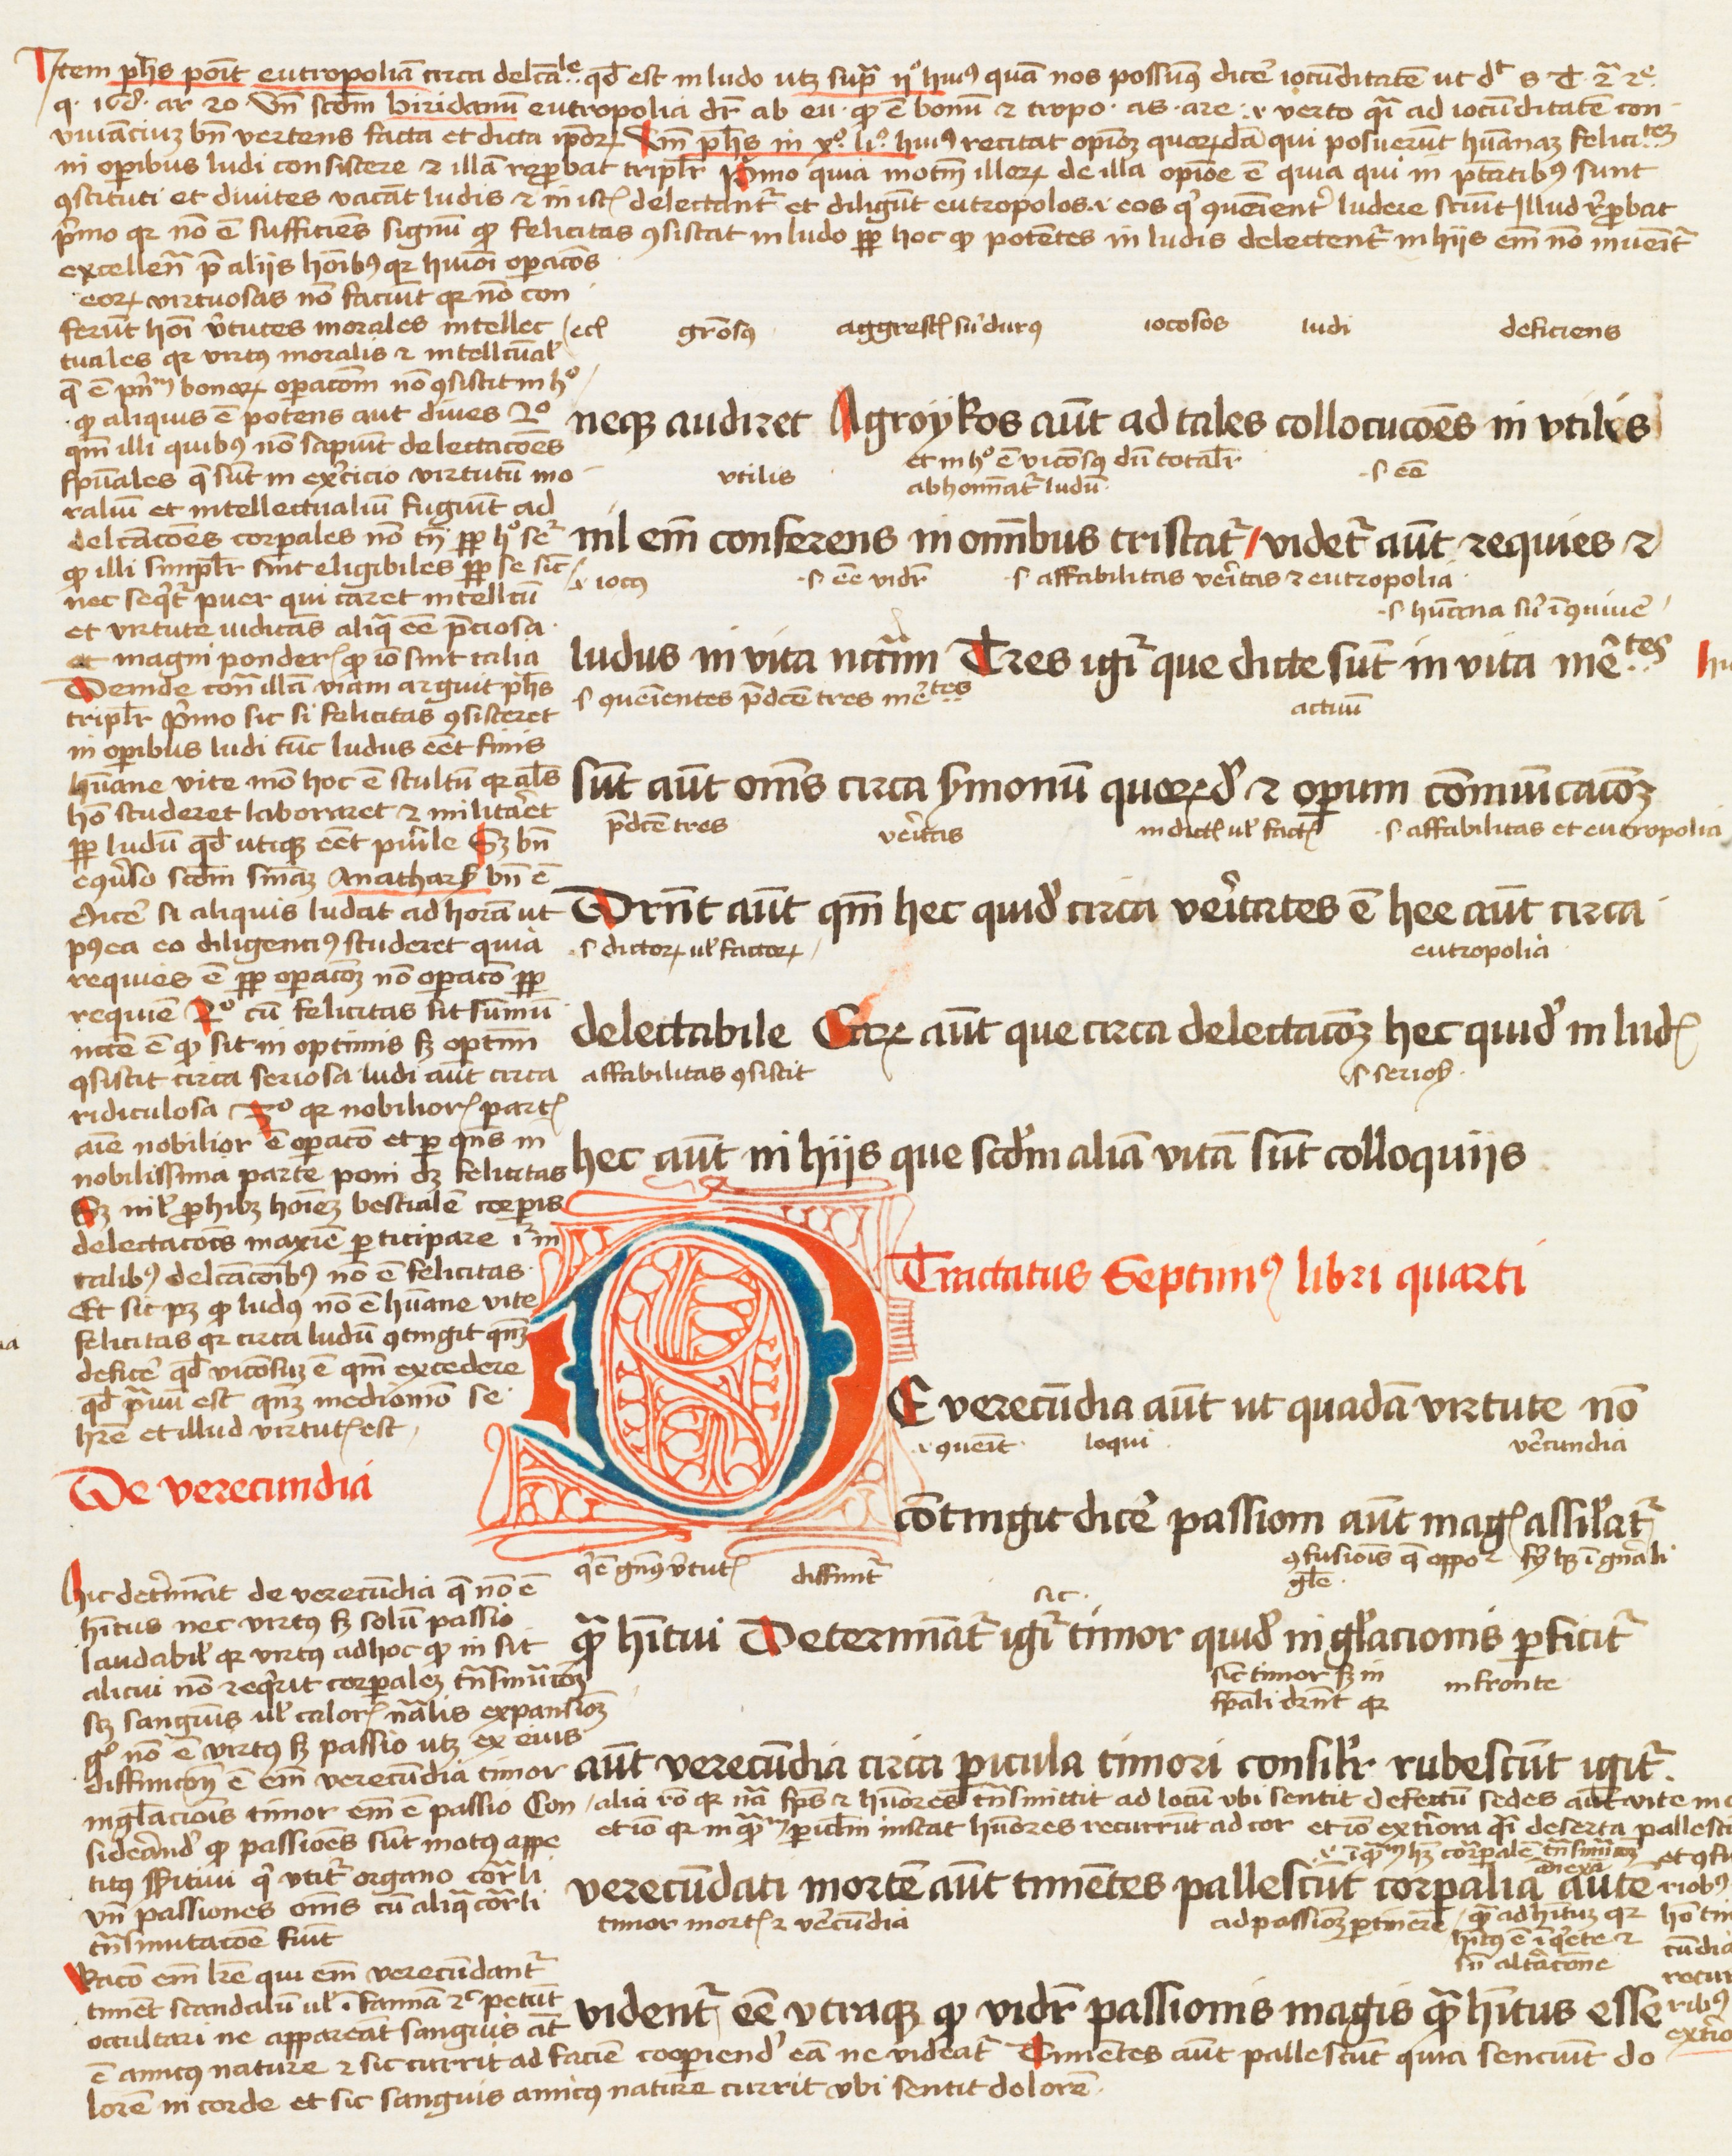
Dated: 1450–1474